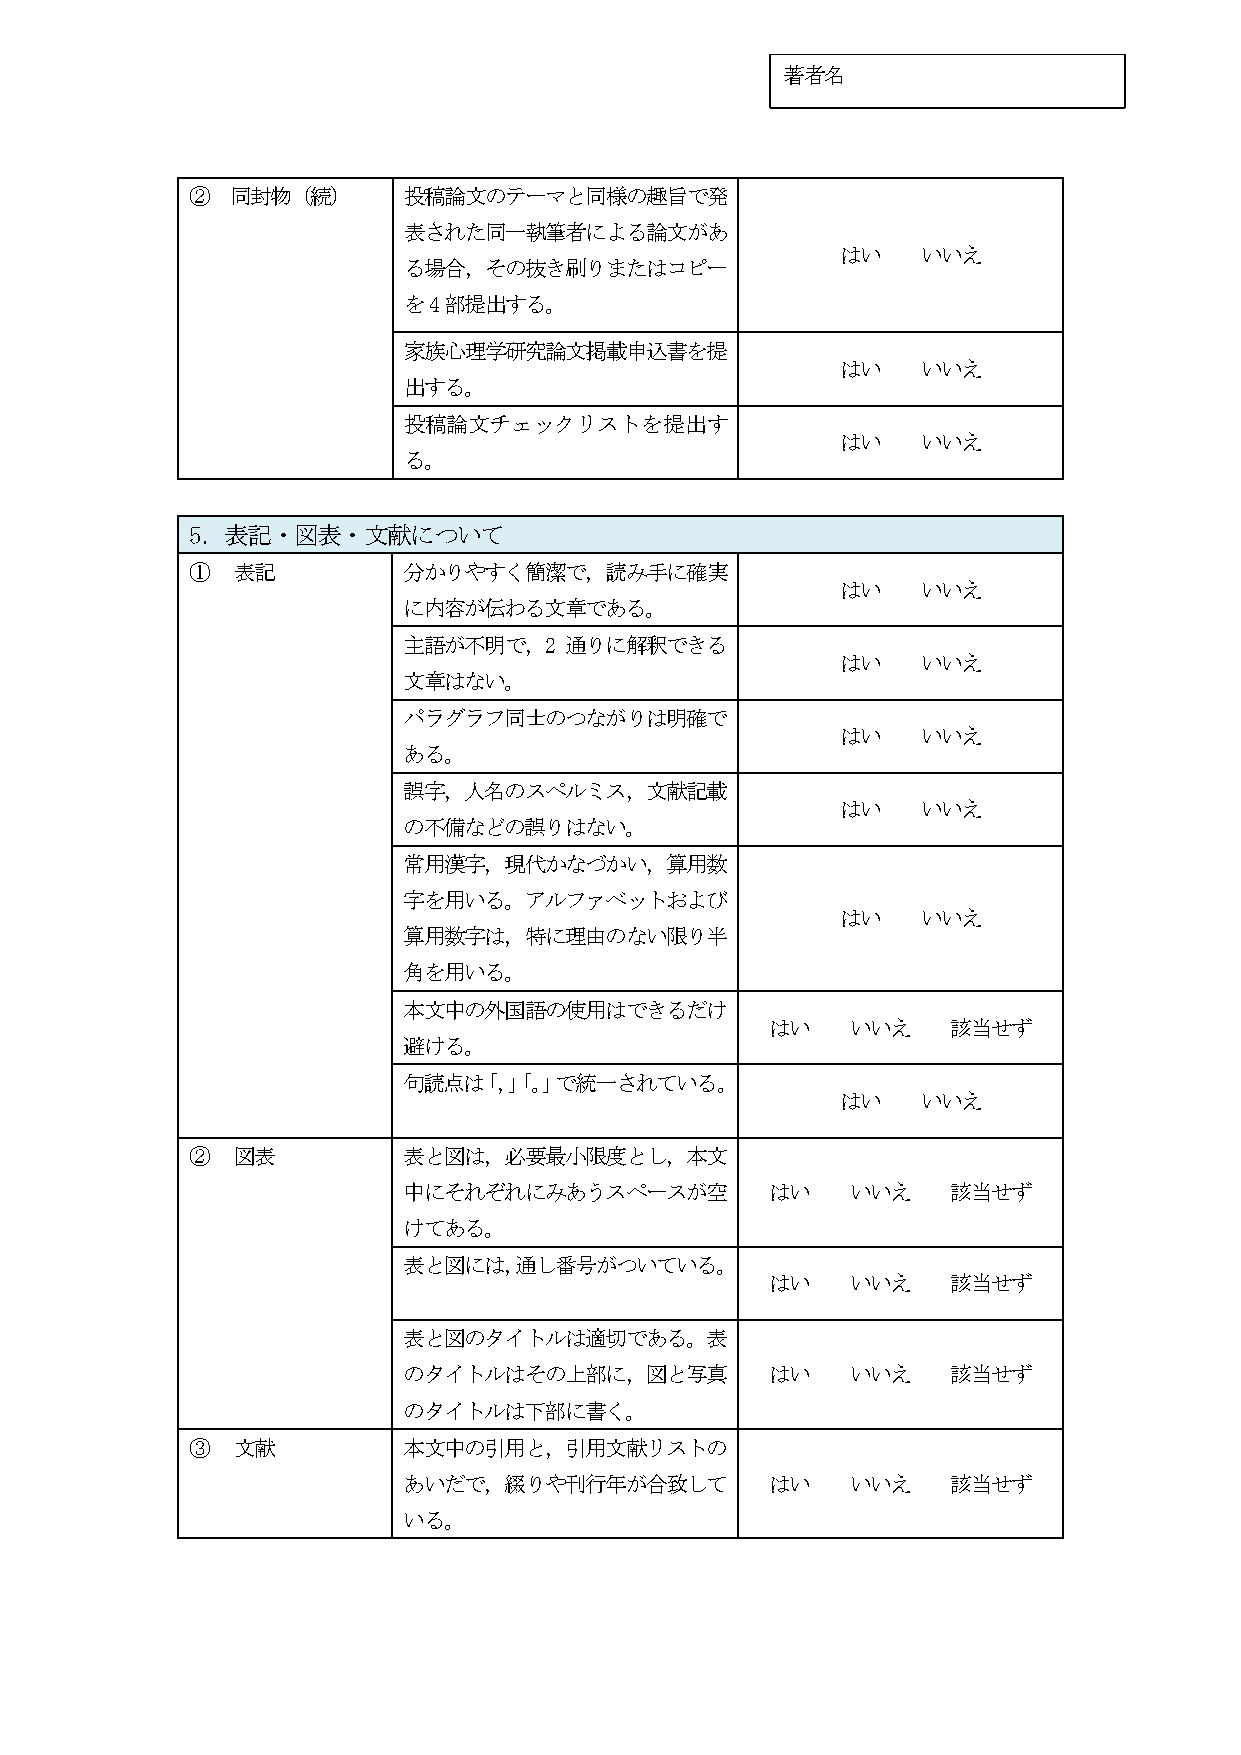
著者名
 ② 同封物（続）      投稿論文のテーマと同様の趣旨で発
 表された同一執筆者による論文があ
 はい   いいえ
 る場合，その抜き刷りまたはコピー
 を4部提出する。
 家族心理学研究論文掲載申込書を提
 はい   いいえ
 出する。
 投稿論文チェックリストを提出す
 はい   いいえ
 る。
 5．表記・図表・文献について
 ① 表記          分かりやすく簡潔で，読み手に確実
 はい   いいえ
 に内容が伝わる文章である。
 主語が不明で，2  通りに解釈できる
 はい   いいえ
 文章はない。
 パラグラフ同士のつながりは明確で
 はい   いいえ
 ある。
 誤字，人名のスペルミス，文献記載
 はい   いいえ
 の不備などの誤りはない。
 常用漢字，現代かなづかい，算用数
 字を用いる。アルファベットおよび
 はい   いいえ
 算用数字は，特に理由のない限り半
 角を用いる。
 本文中の外国語の使用はできるだけ
 はい   いいえ    該当せず
 避ける。
 句読点は「，」「。」で統一されている。
 はい   いいえ
 ② 図表          表と図は，必要最小限度とし，本文
 中にそれぞれにみあうスペースが空        はい   いいえ    該当せず
 けてある。
 表と図には，通し番号がついている。
 はい   いいえ    該当せず
 表と図のタイトルは適切である。表
 のタイトルはその上部に，図と写真        はい   いいえ    該当せず
 のタイトルは下部に書く。
 ③ 文献          本文中の引用と，引用文献リストの
 あいだで，綴りや刊行年が合致して        はい   いいえ    該当せず
 いる。